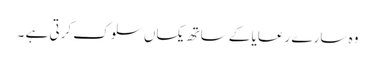
وہ سارے رعایا کے ساتھ یکساں سلوک کرتی ہے ۔